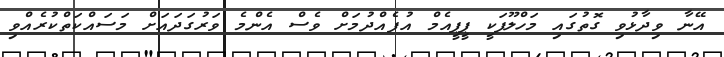
އޭނާ ވިދާޅުވި ގޮތުގައި މަހްލޫފަކީ ޕީޕީއެމް އުފެއްދުމަށް ވެސް އެންމެ ވަރުގަދައަށް މަސައްކަތްކުރެއްވި